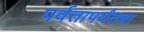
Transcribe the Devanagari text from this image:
पर्वतापर्यंतचा